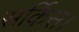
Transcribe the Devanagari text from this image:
सर्किस।